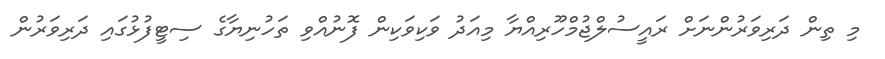
މި ތިން ދަރިވަރުންނަށް ރައީސުލްޖުމްހޫރިއްޔާ މިއަދު ވަކިވަކިން ފޮނުއްވި ތަހުނިޔާގެ ސިޓީފުޅުގައި ދަރިވަރުން